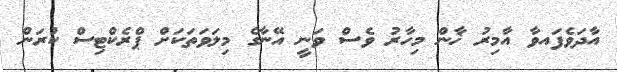
އާދަވެފައވާ އާމިރު ޚާން މިހާރު ވެސް ވަނީ އޭނާގެ މިލަވަތަކަށް ޕްރެކްޓިސް ކުރަން